Document type: Sale
Year: 1354
Scribe: Bernat de Torre
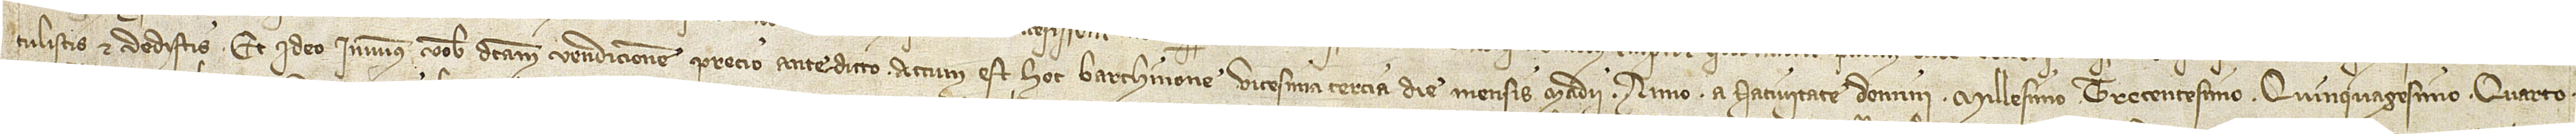
tulistis et dedistis. Et ideo inivimus vobis dictam vendicionem precio antedicto. Actum est hoc Barchinone vicesima tercia die mensis madii, anno a Nativitate Domini millesimo trecentesimo quinquagesimo quarto.